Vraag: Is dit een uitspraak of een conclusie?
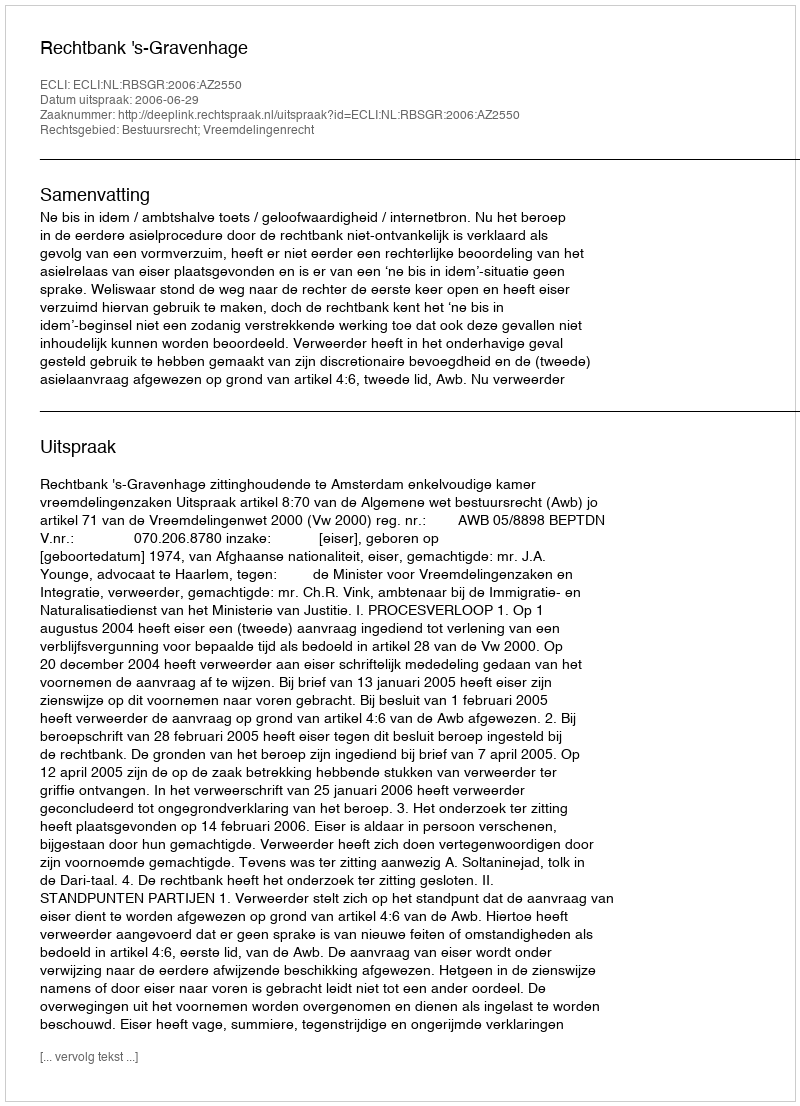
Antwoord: Uitspraak